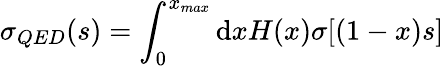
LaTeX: \sigma_{QED}(s)=\int_{0}^{x_{max}}\mathrm{d}xH(x)\sigma[(1-x)s]